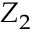
Z _ { 2 }